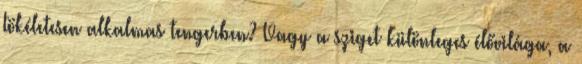
tökéletesen alkalmas tengerben? Vagy a sziget különleges élővilága, a